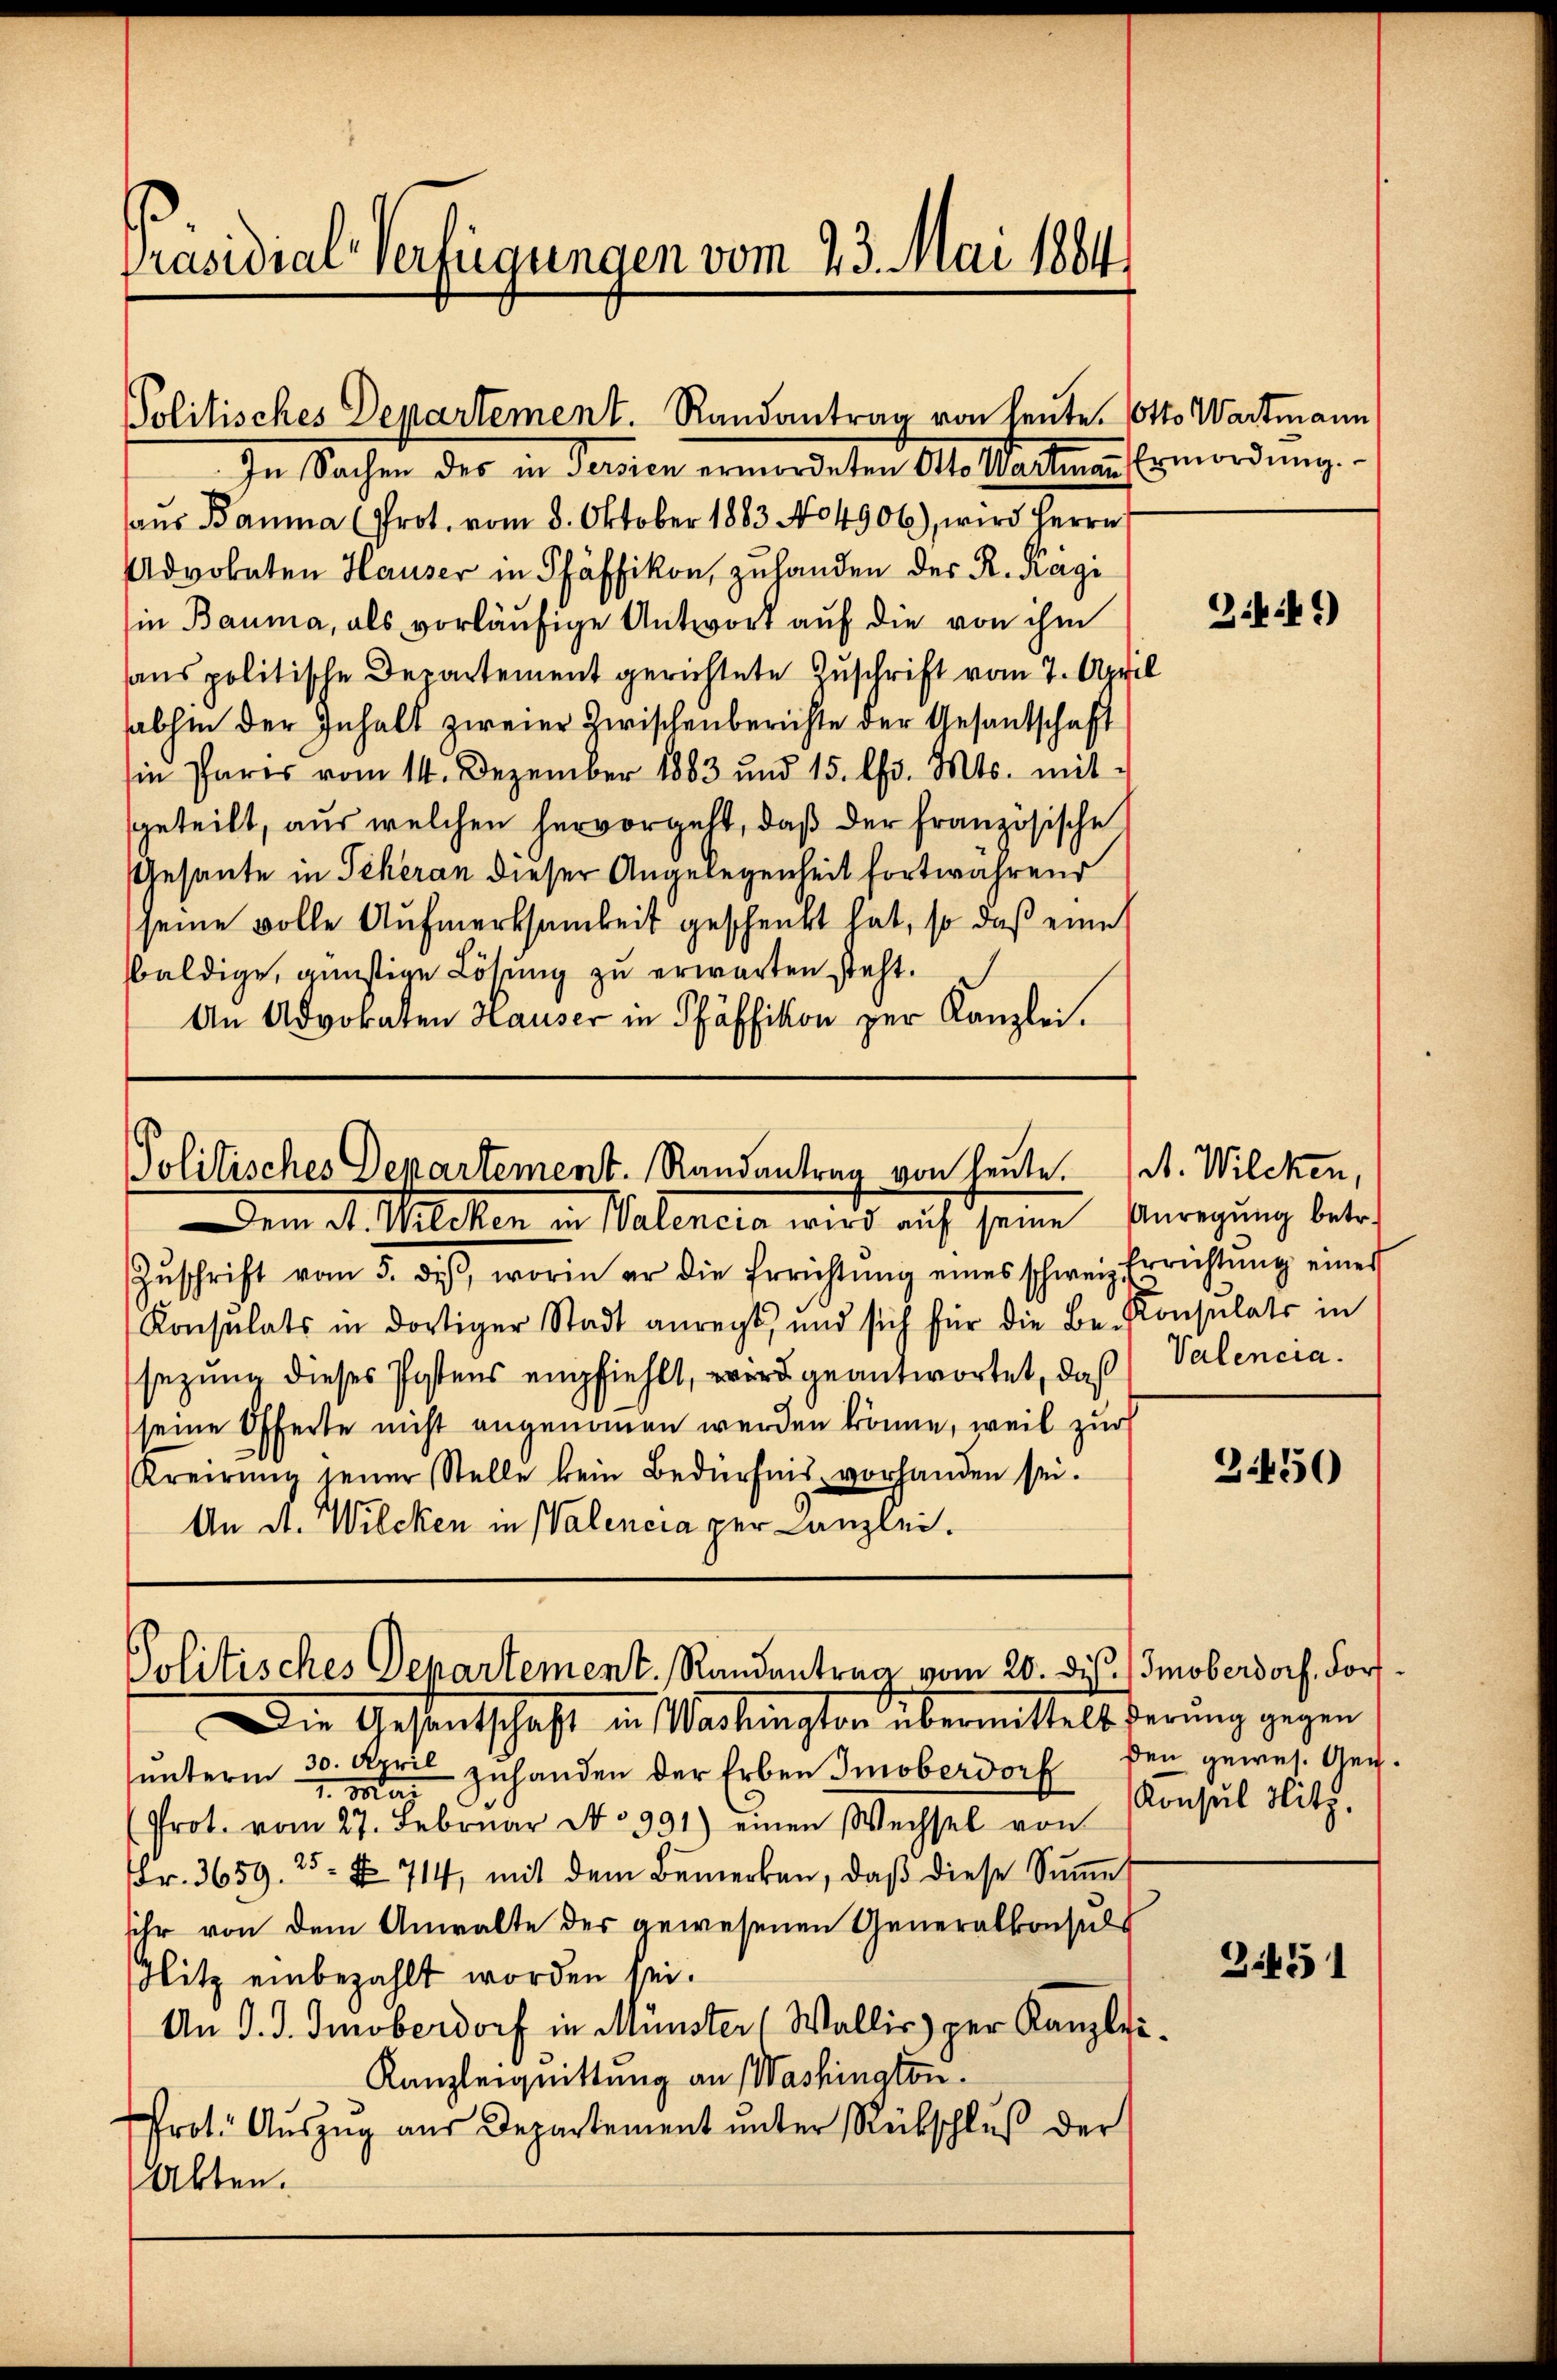
Präsidial-Verfügungen vom 23. Mai 1884

Politisches Departement. Randantrag von heute. Otto. Wartmann
In Sachen des in Persien ermordeten Otto Wartmann Ermordung.

aŭs Bauma (Prot. vom 8. Oktober 1883 No 4906), wird Herrn
Advokaten Hauser in Pfäffikon, zuhanden der R. Kägi
(in Bauma, als vorläufige Antwort auf die von ihm
aus politische Departement gerichtete Zuschrift vom 7. April
abhin der Inhalt zweier Zwischenberichte der Gesantschaft
in Paris vom 14. Dezember 1883 und 15. Chr. Mts. mit-
geteilt, aus welchen hervorgeht, daß der französische
Gesante in Scheran dieser Angelegenheit fortwährend
seine volle Aufmerksamkeit geschenkt hat, so daß eine
baldige, günstige Lösung zu erwarten steht.
An Advokaten Hauser in Pfäffikon zur Kanzlei.

Politisches Departement. Randantrag von heute.
Dem A. Wilcken in Walencia wird auf seine Anregung betr.

Politisches Departement. Randantrag vom 20. dis. Smoberdorf, Fors¬

Zŭschrift vom 5. des, worin er die Errichtŭng eines schweiz Errichtŭng einer
Konsulats in dortiger Stadt anregt, und sich für die Be-Konsulats in
sezung dieses Postens empfiehlt, wird geantwortet, daß
seine Offerte nicht angenommen werden könne, weil zur
Kreirŭng seiner Stelle kein Bedürfnis vorhanden sei.
An St. Wilcken in Walencia per Canzlei.

Die Gesandtschaft in Washington übermittels herung gegen
ŭnterm 30. April zŭhanden der Erben Imoberdorf den gewes
1. Mai
(Prot. vom 27. Februar No 991) einen Wechsel von
Fr. 3659. 25 § 714, mit dem Bemerken, daβ diese Sŭṁe
sihr von dem Anwalte der gewesenen Generalkonsuls
Nitz einbezahlt worden sei.
An d. J. Smoberdorf in Münster (Wallis, per Kanzlei
Kanzleiquittung an Washington.
Prot. Aŭszŭg aŭs Departement ŭnter Rückschlŭβ der
Akten.

e

Ziff.)

A. Wilcken,
Valencia.

2.450

Konsul Hitz.

31451